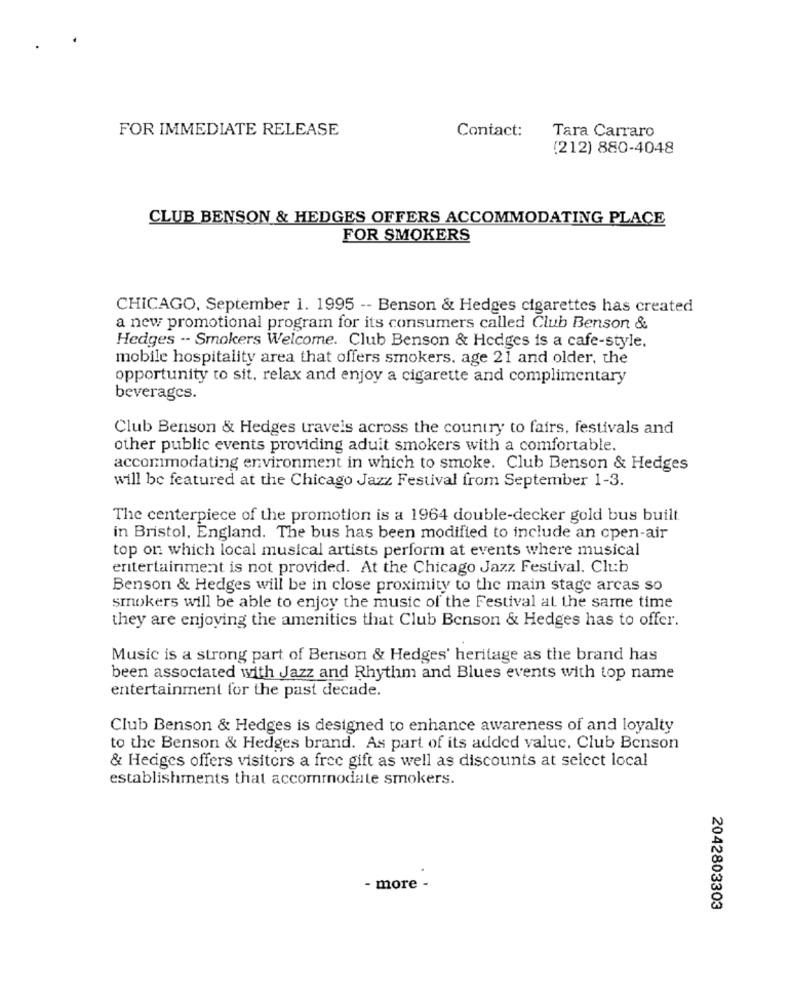
FOR IMMEDIATE RELEASE
Contact:
Tara Carraro
(212) 880-4048
CLUB BENSON & HEDGES OFFERS ACCOMMODATING PLACE
FOR SMOKERS
CHICAGO, September 1. 1995 -- Benson & Hedges cigarettes has created
a new promotional program for its consumers called Club Benson &
Hedges -- Smokers Welcome. Club Benson & Hedges is a cafe-style.
mobile hospitality area that offers smokers. age 21 and older, the
opportunity to sit, relax and enjoy a cigarette and complimentary
beverages.
Club Benson & Hedges travels across the country to fairs, festivals and
other public events providing aduit smokers with a comfortable.
accommodating environment in which to smoke. Club Benson & Hedges
will be featured at the Chicago Jazz Festival from September 1-3.
The centerpiece of the promotion is a 1964 double-decker gold bus built.
in Bristol, England. The bus has been modified to include an open-air
top on which local musical artists perform at events where musical
entertainment is not provided. At the Chicago Jazz Festival. Club
Benson & Hedges will be in close proximity to the main stage arcas so
smokers will be able to enjoy the music of the Festival at the same time
they are enjoying the amenities that Club Benson & Hedges has to offer.
Music is a strong part of Benson & Hedges' heritage as the brand has
been associated with Jazz and Rhythm and Blues events with top name
entertainment for the past decade.
Club Benson & Hedges is designed to enhance awareness of and loyalty
to the Benson & Hedges brand. As part of its added value. Club Benson
& Hedges offers visitors a free gift as well as discounts at select local
establishments that accommodate smokers.
- more -
2042803303